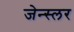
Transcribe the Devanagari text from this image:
जेन्स्लर